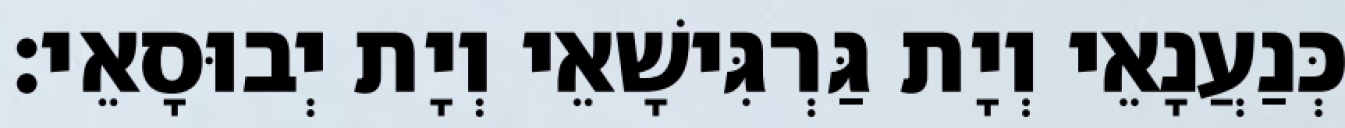
כְּנַעֲנָאֵי וְיָת גַּרְגִּישָׁאֵי וְיָת יְבוּסָאֵי׃